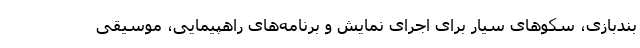
بندبازی، سکوهای سیار برای اجرای نمایش و برنامه‌های راهپیمایی، موسیقی